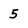
Character: 5